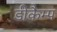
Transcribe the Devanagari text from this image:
डीकैम्प